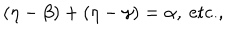
( \eta - \beta ) + ( \eta - \gamma ) = \alpha , \ \textrm { e t c . , }